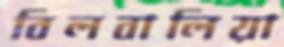
বিলবালিয়া